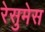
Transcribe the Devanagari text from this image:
रेसुमेस